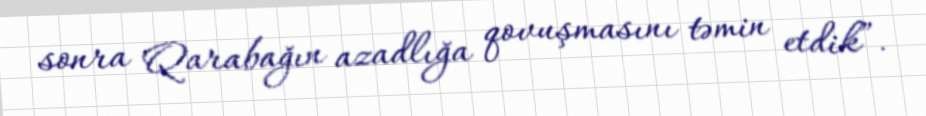
sonra Qarabağın azadlığa qovuşmasını təmin etdik”.